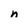
Character: n